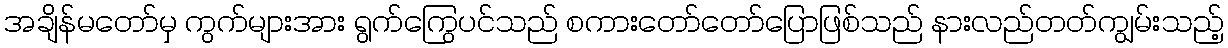
အချိန်မတော်မှ ကွက်များအား ရွက်ကြွေပင်သည် စကားတော်တော်ပြောဖြစ်သည် နားလည်တတ်ကျွမ်းသည့်